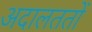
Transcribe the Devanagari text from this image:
अदालततों